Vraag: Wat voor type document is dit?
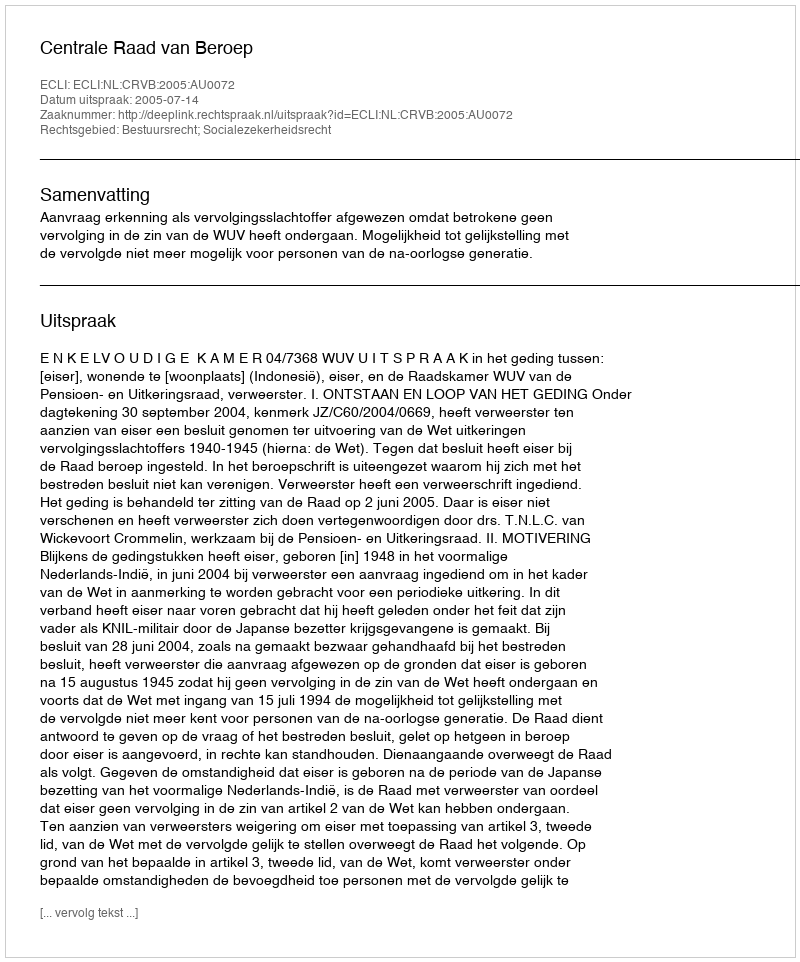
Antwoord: Uitspraak